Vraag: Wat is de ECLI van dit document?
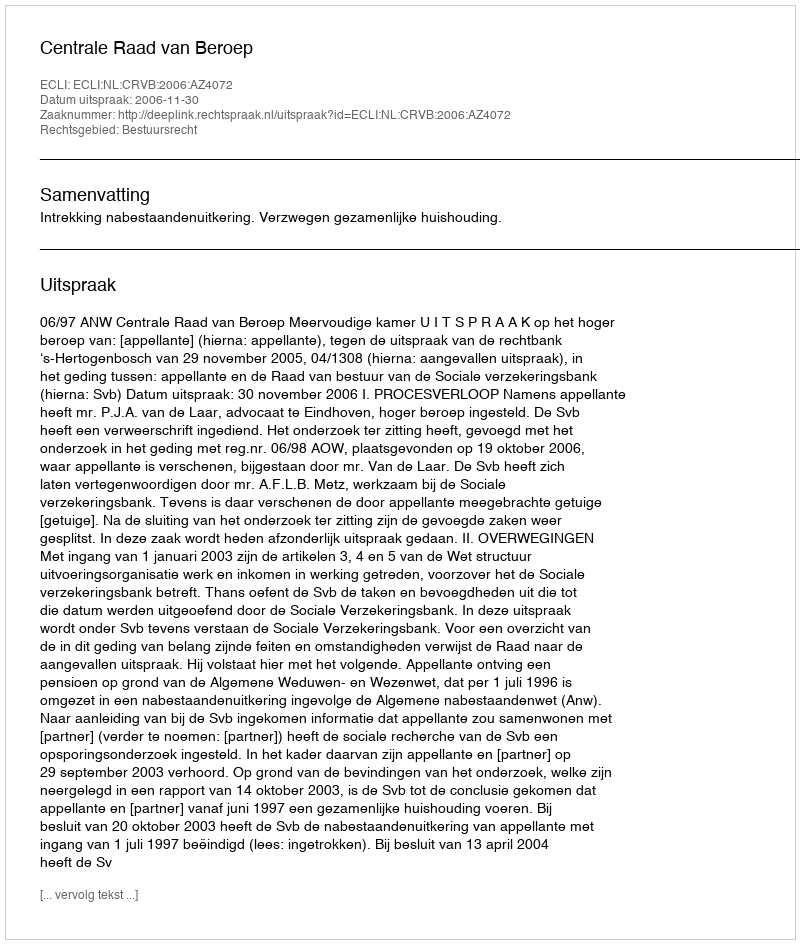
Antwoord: ECLI:NL:CRVB:2006:AZ4072